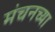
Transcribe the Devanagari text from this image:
मंचनच्या